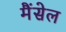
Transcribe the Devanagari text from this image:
मैंसेल